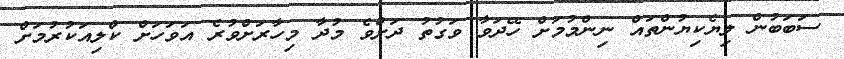
ސަބަބުން ލިޔެކިޔުންތައް ނިންމުމަށް ހޭދަވާ ވަގުތު ދަށްވެ މުދާ މިހާރަށްވުރެ އަވަހަށް ކްލިއަކުރުމަށް